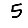
Digit: 5